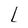
Character: L